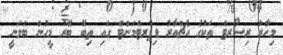
މިހާރު ރިސޯރޓް ތަކުގެ އެޗްއާރު ޑިޕާރޓްމަންޓް ގައި ތިބޭ ބޭރު މީހުން ބަލަނީ